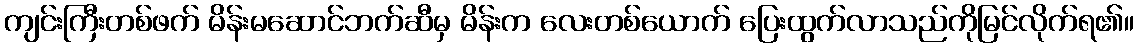
ကျင်းကြီးတစ်ဖက် မိန်းမဆောင်ဘက်ဆီမှ မိန်းက လေးတစ်ယောက် ပြေးထွက်လာသည်ကိုမြင်လိုက်ရ၏။